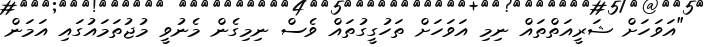
"އަވަހަށް ޝަރީއަތްތައް ނިމި އަވަހަށް ތަހުގީގުތައް ވެސް ނިމިގެން މެނުވީ މުޖުތަމައުގައި އަމަން